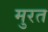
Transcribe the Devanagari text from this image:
मुरत